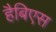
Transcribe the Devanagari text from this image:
हैबिएस